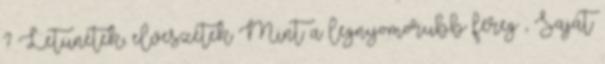
? Letünétek, elveszétek Mint a legnyomorubb féreg , Saját